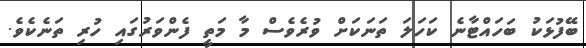
ބޭފުޅަކު ބަހައްޓާނެ ކަހަލަ ތަނަކަށް ވުރެވެސް މާ މަތީ ފެންވަރުގައި ހުރި ތަނެކެވެ.